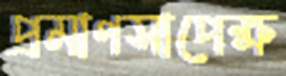
প্রমাণসাপেক্ষ